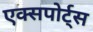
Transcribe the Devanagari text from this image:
एक्सपोर्ट्स